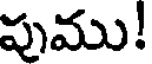
పుము!